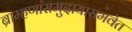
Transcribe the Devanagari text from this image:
ब्राम्हणांसमुदायासमवेत